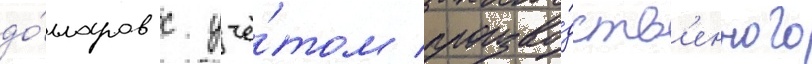
до́лларов с учё́том произво́дств'енного